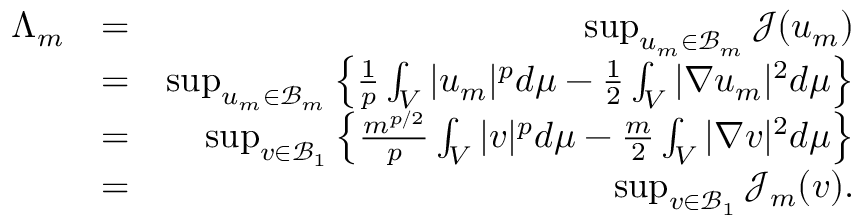
\begin{array} { r l r } { \Lambda _ { m } } & { = } & { \operatorname* { s u p } _ { u _ { m } \in \mathcal { B } _ { m } } \mathcal { J } ( u _ { m } ) } \\ & { = } & { \operatorname* { s u p } _ { u _ { m } \in \mathcal { B } _ { m } } \left\{ \frac { 1 } { p } \int _ { V } | u _ { m } | ^ { p } d \mu - \frac { 1 } { 2 } \int _ { V } | \nabla u _ { m } | ^ { 2 } d \mu \right\} } \\ & { = } & { \operatorname* { s u p } _ { v \in \mathcal { B } _ { 1 } } \left\{ \frac { m ^ { p / 2 } } { p } \int _ { V } | v | ^ { p } d \mu - \frac { m } { 2 } \int _ { V } | \nabla v | ^ { 2 } d \mu \right\} } \\ & { = } & { \operatorname* { s u p } _ { v \in \mathcal { B } _ { 1 } } \mathcal { J } _ { m } ( v ) . } \end{array}